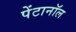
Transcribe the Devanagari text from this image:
पेंटानॉल